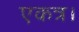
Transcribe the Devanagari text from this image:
एकत्र।